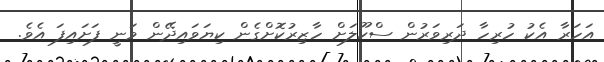
އަހަރާ އެކު ހުރިހާ ދަރިވަރުން ސްކޫލަށް ހާޒިރުކޮށްގެން ކިޔަވައިދޭން ވަނީ ފަށައިފަ އެވެ.